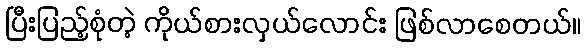
ပြီးပြည့်စုံတဲ့ ကိုယ်စားလှယ်လောင်း ဖြစ်လာစေတယ်။